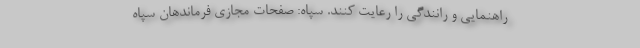
راهنمایی و رانندگی را رعایت کنند. سپاه: صفحات مجازی فرماندهان سپاه